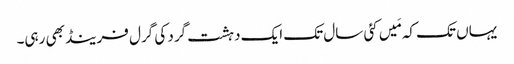
‏ یہاں تک کہ مَیں کئی سال تک ایک دہشت‌گرد کی گرل فرینڈ بھی رہی۔